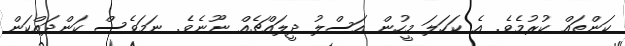
ކަންތައް ކުރުމެވެ. އެ ކަހަލަ މީހުން އަސްލު ދީލައްޗެއް ނޫނެވެ. ނަމަވެސް ކަންދައްކަން